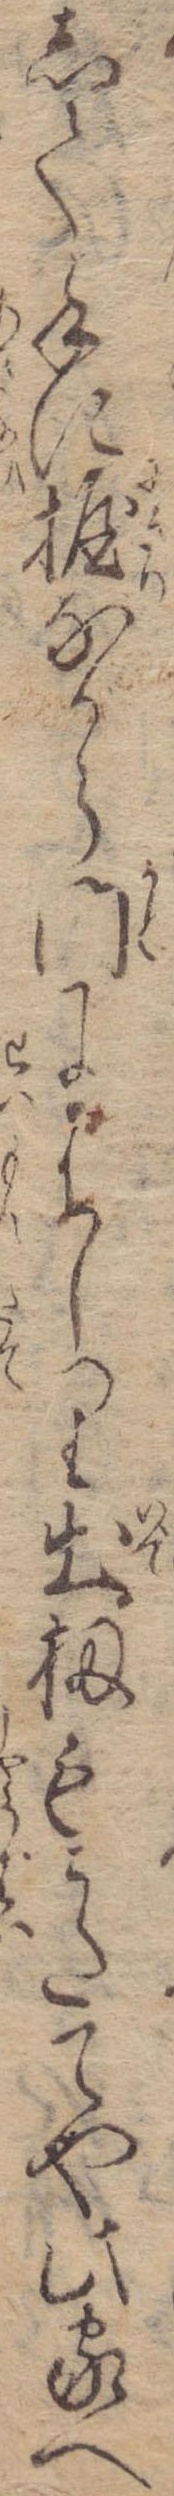
して手に握なから門にはしり出扨もうたてや此家へ